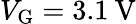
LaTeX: V_{\mathrm{G}}=3.1\: \mathrm{V}